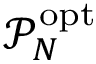
\mathcal { P } _ { N } ^ { \mathrm { o p t } }